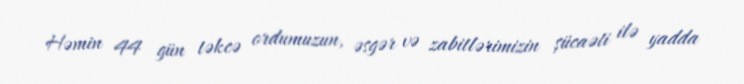
Həmin 44 gün təkcə ordumuzun, əsgər və zabitlərimizin şücaəti ilə yadda